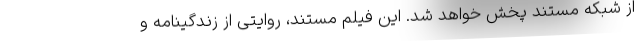
از شبکه مستند پخش خواهد شد. این فیلم مستند، روایتی از زندگینامه و